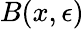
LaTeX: B(x,\epsilon)